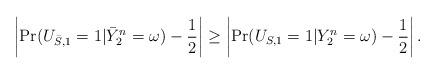
LaTeX: \begin{align*}\left|\Pr(U_{\bar{S},1}=1|{\bar{Y}}_2^n=\omega)-\frac{1}{2}\right|\geq \left|\Pr(U_{S,1}=1|Y_2^n=\omega)-\frac{1}{2}\right| .\end{align*}